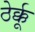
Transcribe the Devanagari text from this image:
ठेर्क्कू